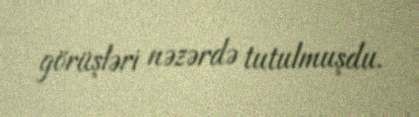
görüşləri nəzərdə tutulmuşdu.